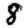
Digit: 8